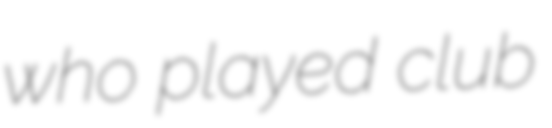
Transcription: who played club